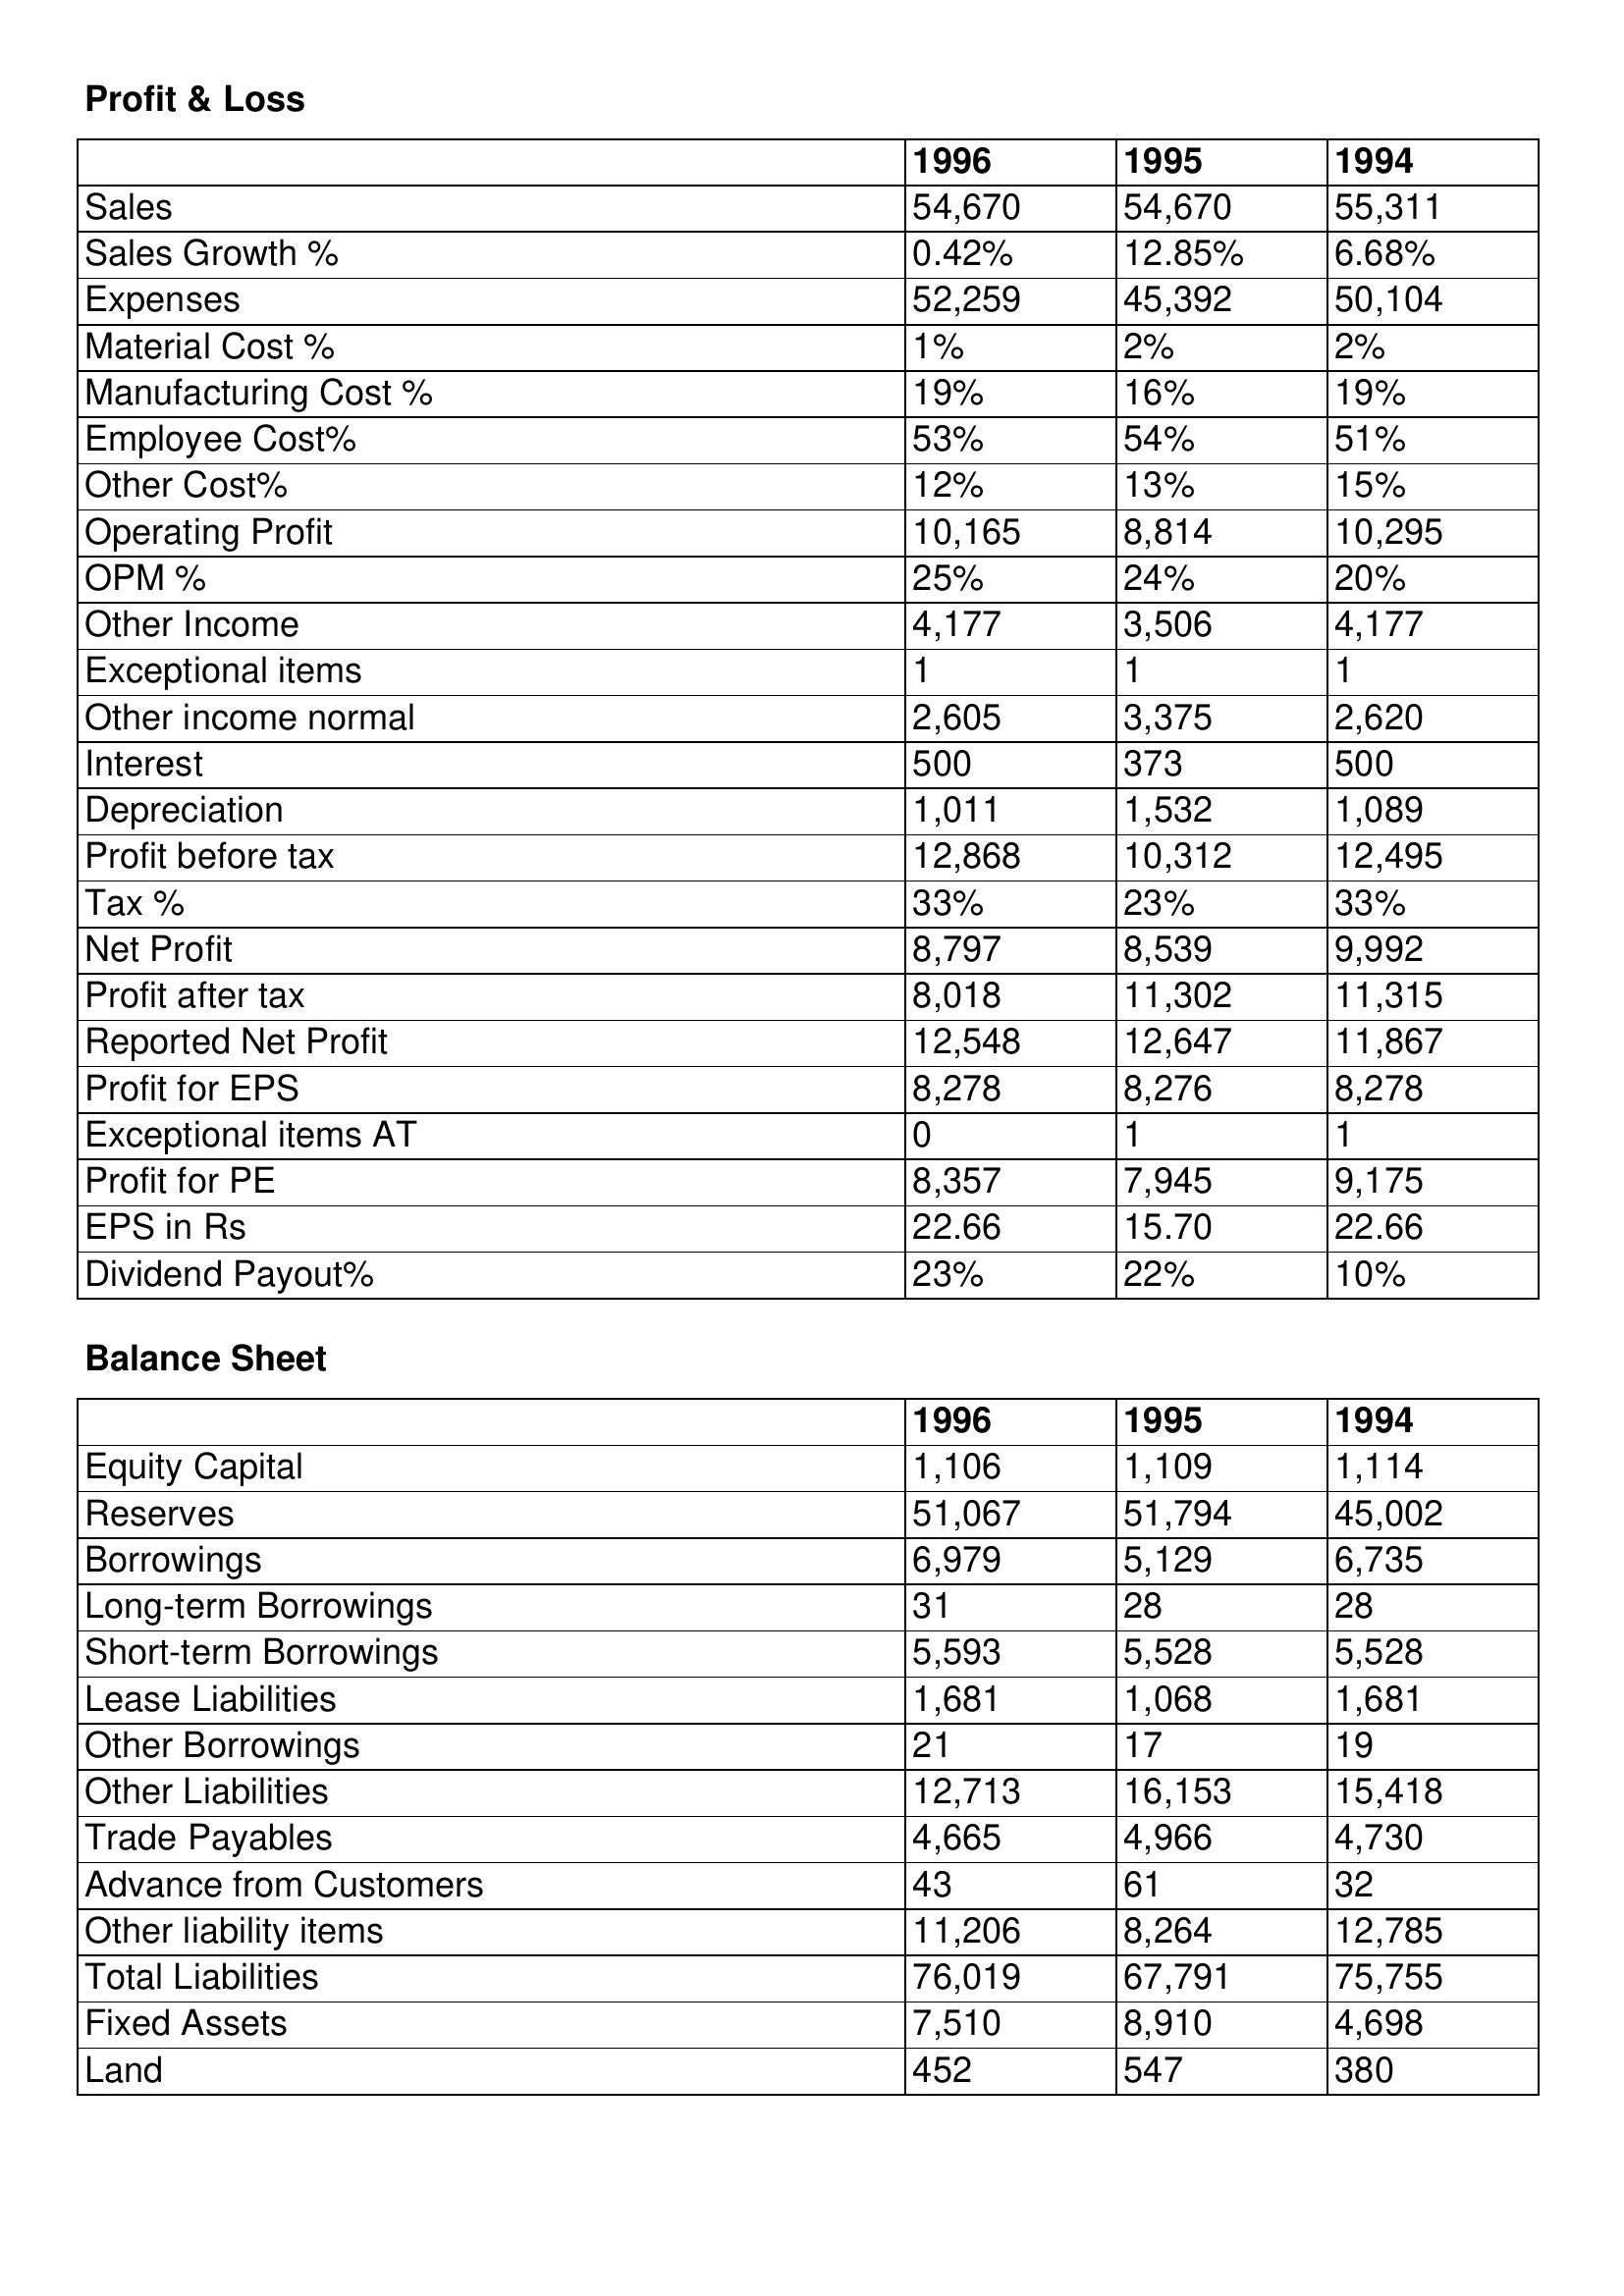
gt_parse: 1996: Profit & Loss: Sales: 54,670
Sales Growth %: 0.42%
Expenses: 52,259
Material Cost %: 1%
Manufacturing Cost %: 19%
Employee Cost%: 53%
Other Cost%: 12%
Operating Profit: 10,165
OPM %: 25%
Other Income: 4,177
Exceptional items: 1
Other income normal: 2,605
Interest: 500
Depreciation: 1,011
Profit before tax: 12,868
Tax %: 33%
Net Profit: 8,797
Profit after tax: 8,018
Reported Net Profit: 12,548
Profit for EPS: 8,278
Exceptional items AT: 0
Profit for PE: 8,357
EPS in Rs: 22.66
Dividend Payout%: 23%
Balance Sheet: Equity Capital: 1,106
Reserves: 51,067
Borrowings: 6,979
Long-term Borrowings: 31
Short-term Borrowings: 5,593
Lease Liabilities: 1,681
Other Borrowings: 21
Other Liabilities: 12,713
Trade Payables: 4,665
Advance from Customers: 43
Other liability items: 11,206
Total Liabilities: 76,019
Fixed Assets: 7,510
Land: 452
1995: Profit & Loss: Sales: 54,670
Sales Growth %: 12.85%
Expenses: 45,392
Material Cost %: 2%
Manufacturing Cost %: 16%
Employee Cost%: 54%
Other Cost%: 13%
Operating Profit: 8,814
OPM %: 24%
Other Income: 3,506
Exceptional items: 1
Other income normal: 3,375
Interest: 373
Depreciation: 1,532
Profit before tax: 10,312
Tax %: 23%
Net Profit: 8,539
Profit after tax: 11,302
Reported Net Profit: 12,647
Profit for EPS: 8,276
Exceptional items AT: 1
Profit for PE: 7,945
EPS in Rs: 15.70
Dividend Payout%: 22%
Balance Sheet: Equity Capital: 1,109
Reserves: 51,794
Borrowings: 5,129
Long-term Borrowings: 28
Short-term Borrowings: 5,528
Lease Liabilities: 1,068
Other Borrowings: 17
Other Liabilities: 16,153
Trade Payables: 4,966
Advance from Customers: 61
Other liability items: 8,264
Total Liabilities: 67,791
Fixed Assets: 8,910
Land: 547
1994: Profit & Loss: Sales: 55,311
Sales Growth %: 6.68%
Expenses: 50,104
Material Cost %: 2%
Manufacturing Cost %: 19%
Employee Cost%: 51%
Other Cost%: 15%
Operating Profit: 10,295
OPM %: 20%
Other Income: 4,177
Exceptional items: 1
Other income normal: 2,620
Interest: 500
Depreciation: 1,089
Profit before tax: 12,495
Tax %: 33%
Net Profit: 9,992
Profit after tax: 11,315
Reported Net Profit: 11,867
Profit for EPS: 8,278
Exceptional items AT: 1
Profit for PE: 9,175
EPS in Rs: 22.66
Dividend Payout%: 10%
Balance Sheet: Equity Capital: 1,114
Reserves: 45,002
Borrowings: 6,735
Long-term Borrowings: 28
Short-term Borrowings: 5,528
Lease Liabilities: 1,681
Other Borrowings: 19
Other Liabilities: 15,418
Trade Payables: 4,730
Advance from Customers: 32
Other liability items: 12,785
Total Liabilities: 75,755
Fixed Assets: 4,698
Land: 380